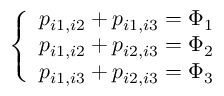
\left\{ \begin{array} { l l } { p _ { i 1 , i 2 } + p _ { i 1 , i 3 } = \Phi _ { 1 } } \\ { p _ { i 1 , i 2 } + p _ { i 2 , i 3 } = \Phi _ { 2 } } \\ { p _ { i 1 , i 3 } + p _ { i 2 , i 3 } = \Phi _ { 3 } } \end{array} \right.